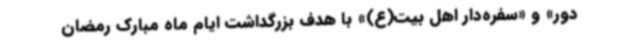
دور» و «سفره‌دار اهل بیت(ع)» با هدف بزرگداشت ایام ماه مبارک رمضان